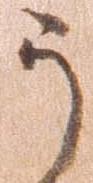
う